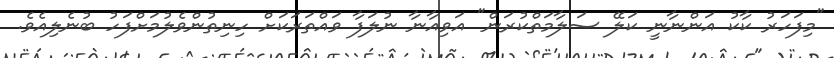
"މިފަހަރު ކާކު އަންނާނީ ކަލޭ ސަލާމަތްކުރަން" އަވިއާނާ ނުލަފާ ވައްތަރަކަށް ހިނިތުންވެލުމަށްފަހު ބުނެލިއެވެ.